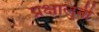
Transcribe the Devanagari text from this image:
प्रक्षालुनी